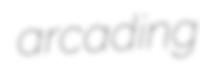
arcading